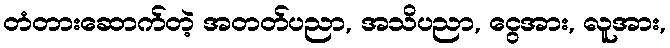
တံတားဆောက်တဲ့ အတတ်ပညာ, အသိပညာ, ငွေအား, လူအား,